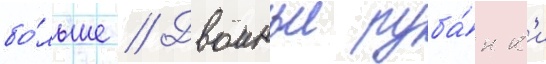
бо́льше // Двоиные руба́нк'и